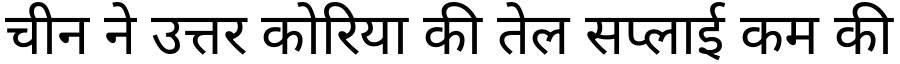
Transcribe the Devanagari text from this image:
चीन ने उत्तर कोरिया की तेल सप्लाई कम की